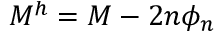
M ^ { h } = M - 2 n \phi _ { n }